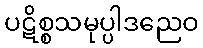
ပဋိစ္စသမုပ္ပါဒညေဝ